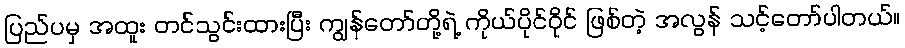
ပြည်ပမှ အထူး တင်သွင်းထားပြီး ကျွန်တော်တို့ရဲ့ ကိုယ်ပိုင်ဝိုင် ဖြစ်တဲ့ အလွန် သင့်တော်ပါတယ်။